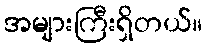
အများကြီးရှိတယ်။